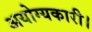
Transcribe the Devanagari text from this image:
अयोग्यकारी।